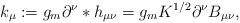
LaTeX: \begin{align*}k_\mu := g_m \partial^\nu *h_{\mu\nu} = g_m K^{1/2} \partial^\nu B_{\mu\nu} ,\end{align*}